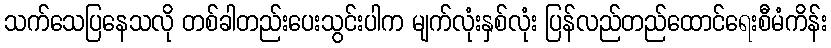
သက်သေပြနေသလို တစ်ခါတည်းပေးသွင်းပါက မျက်လုံးနှစ်လုံး ပြန်လည်တည်ထောင်ရေးစီမံကိန်း